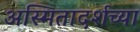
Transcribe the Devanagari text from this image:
अस्मितादर्शच्या